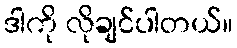
ဒါကို လိုချင်ပါတယ်။